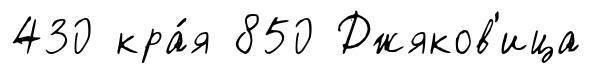
430 кра́я 850 Джяков'ица